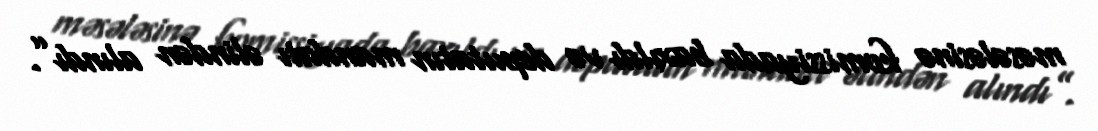
məsələsinə komissiyada baxıldı və deputatın mandatı əlindən alındı”.